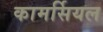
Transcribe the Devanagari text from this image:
कामर्सियल